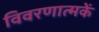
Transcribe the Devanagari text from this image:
विवरणात्मकें